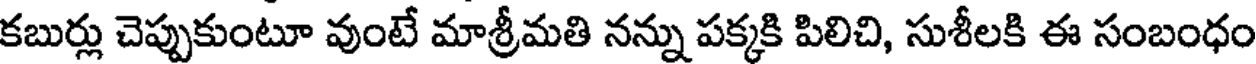
కబుర్లు చెప్పుకుంటూ వుంటే మాశ్రీమతి నన్ను పక్కకి పిలిచి, సుశీలకి ఈ సంబంధం